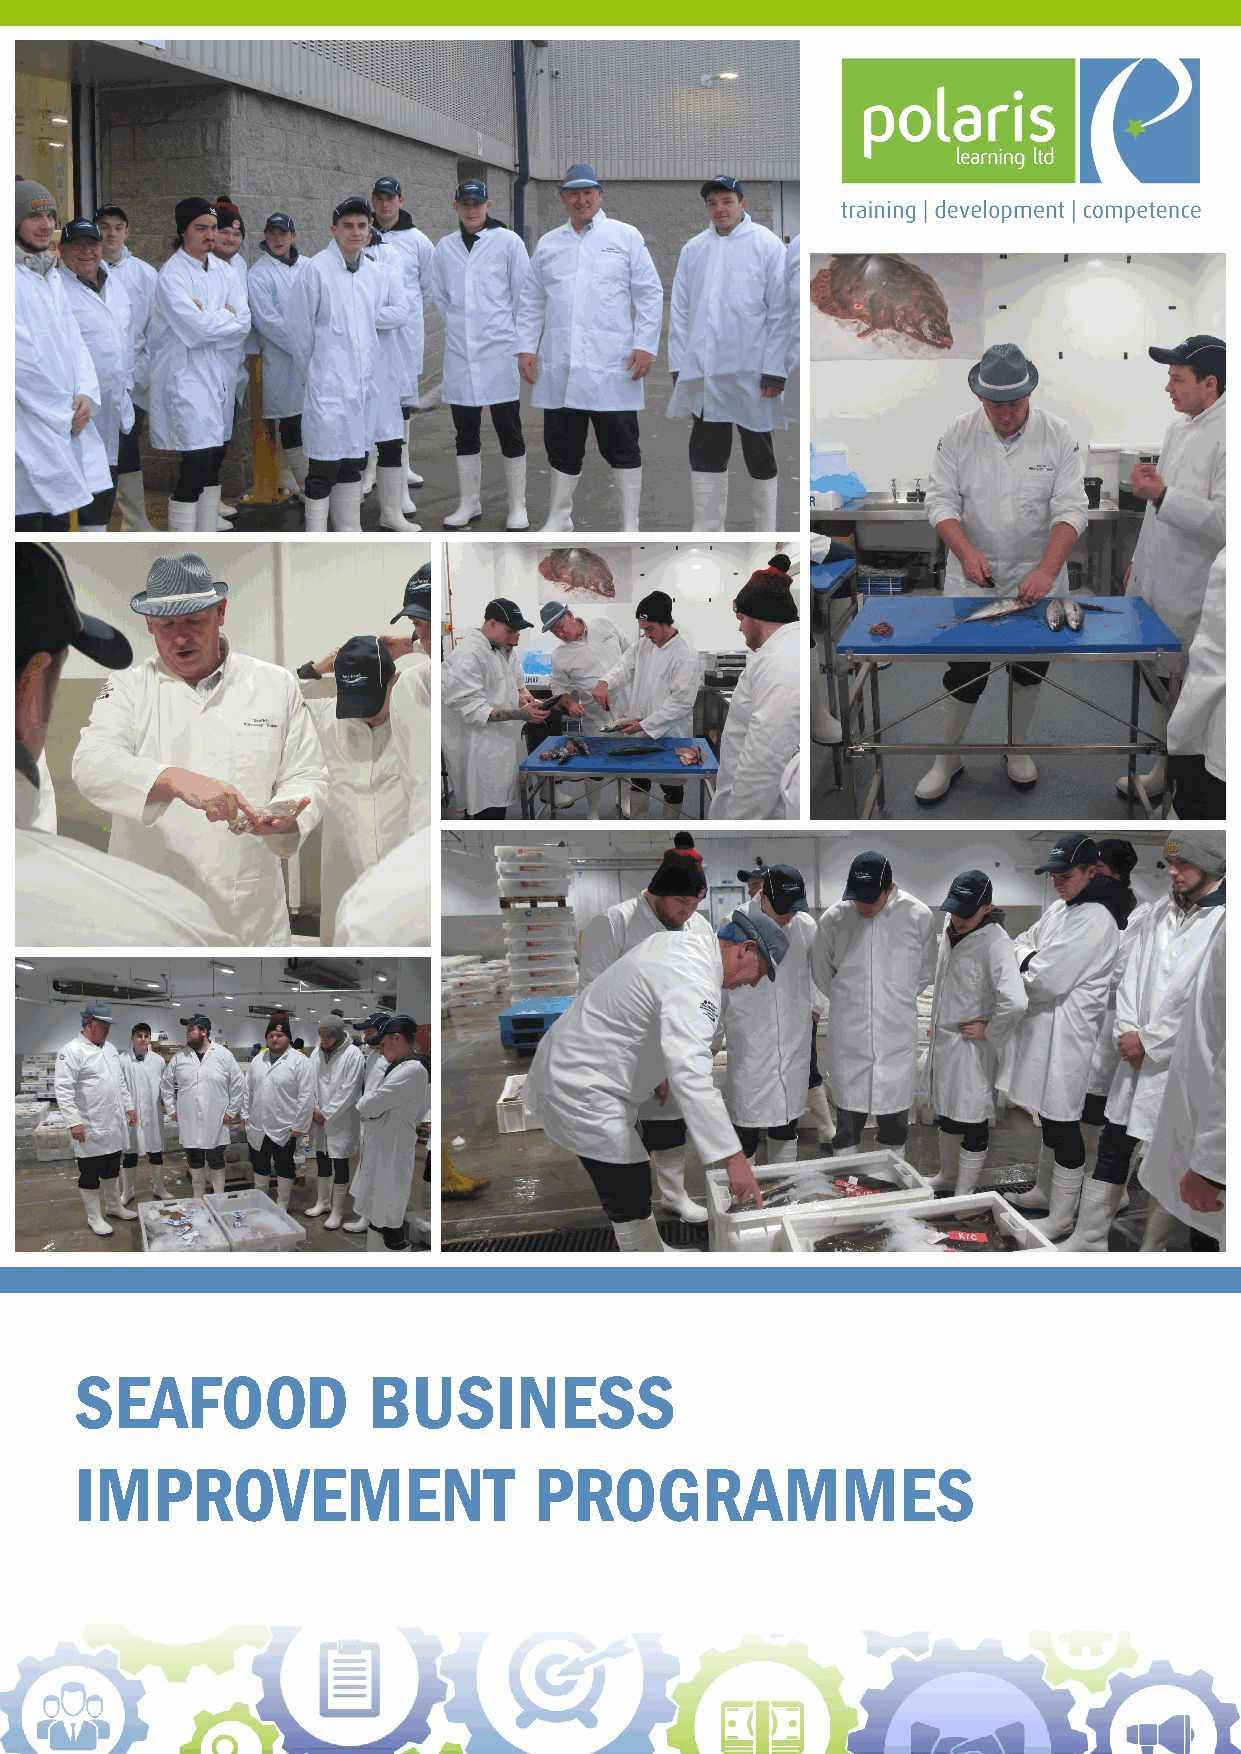
SEAFOOD            BUSINESS
 IMPROVEMENT                   PROGRAMMES